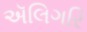
ઍલિગરિ